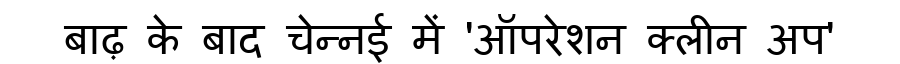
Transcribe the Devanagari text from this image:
बाढ़ के बाद चेन्नई में 'ऑपरेशन क्लीन अप'